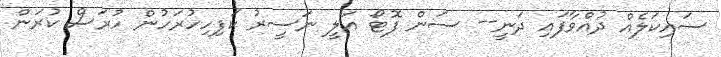
ސައިކަލެއް ދުއްވާފައި ދަނީ-- ސަން ފޮޓޯ އަލީ ނަސީރު ކަފިހިހުރަހުން ހުރަސް ކުރަން